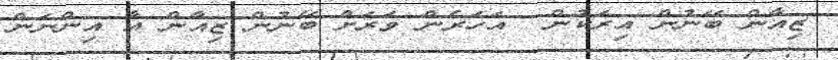
ޒިއާން ބޭނުން އިރަކުން  އަހަރެން ވަރަށް ބޭނުން ޒިއާން އާ އިންނަން